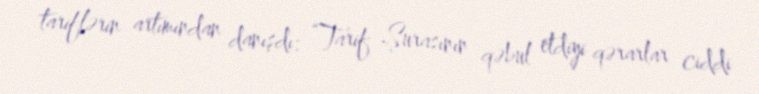
tariflərin artımından danışdı: “Tarif Şurasının qəbul etdiyi qərarlar ciddi